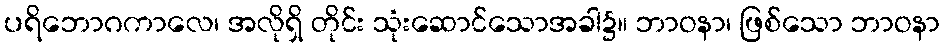
ပရိဘောဂကာလေ၊ အလိုရှိ တိုင်း သုံးဆောင်သောအခါ၌။ ဘာဝနာ၊ ဖြစ်သော ဘာဝနာ